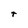
Character: t